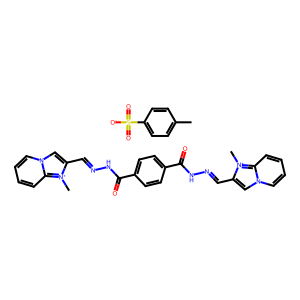
SMILES: C[n+]1c(C=NNC(=O)c2ccc(C(=O)NN=Cc3cn4ccccc4[n+]3C)cc2)cn2ccccc21.Cc1ccc(S(=O)(=O)[O-])cc1
Inhibits HIV replication: No